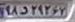
۹۸د۲۹۲۶۷